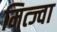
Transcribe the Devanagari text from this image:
मित्ज्वा